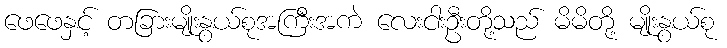
ဖေဖေနှင့် တခြားမျိုးနွယ်စုအကြီးအကဲ လေးငါးဦးတို့သည် မိမိတို့ မျိုးနွယ်စု